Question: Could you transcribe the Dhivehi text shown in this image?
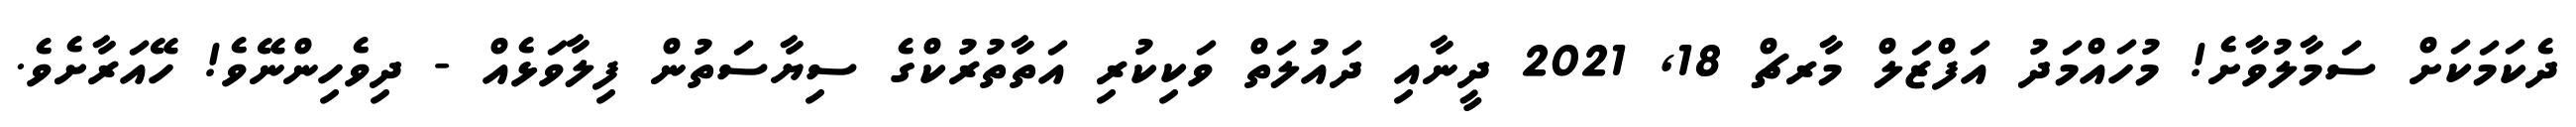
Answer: ދެކަމަކަށް ސަމާލުވާށެ! މުހައްމަދު އަފްޒަލް މާރޗް 18, 2021 ދީނާއި ދައުލަތް ވަކިކުރި އަތާތުރުކްގެ ސިޔާސަތުން ފިލާވަޅެއް - ދިވެހިންނޭވެ! ހޭއަރާށެވެ.